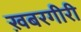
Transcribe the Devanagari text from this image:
ख़बरगीरी